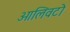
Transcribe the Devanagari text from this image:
ओलिवटो